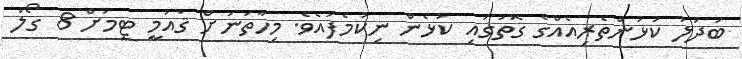
ބަދަލު ކުޅުންތެރިއެއްގެ ގޮތުގައި ކުޅެން ނިކުމެފައެވެ. މިހާތަނަށް ޤައުމީ ޓީމަށް 8 ގޯލް